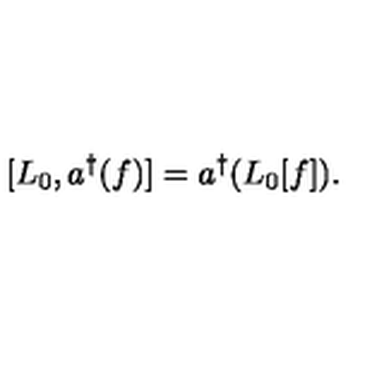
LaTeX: [ L _ { 0 } , a ^ { \dag } ( f ) ] = a ^ { \dag } ( L _ { 0 } [ f ] ) .